Indian journal of veterinary science and animal husbandry - Volumes 28-29, 1958-1959
Year: 1958
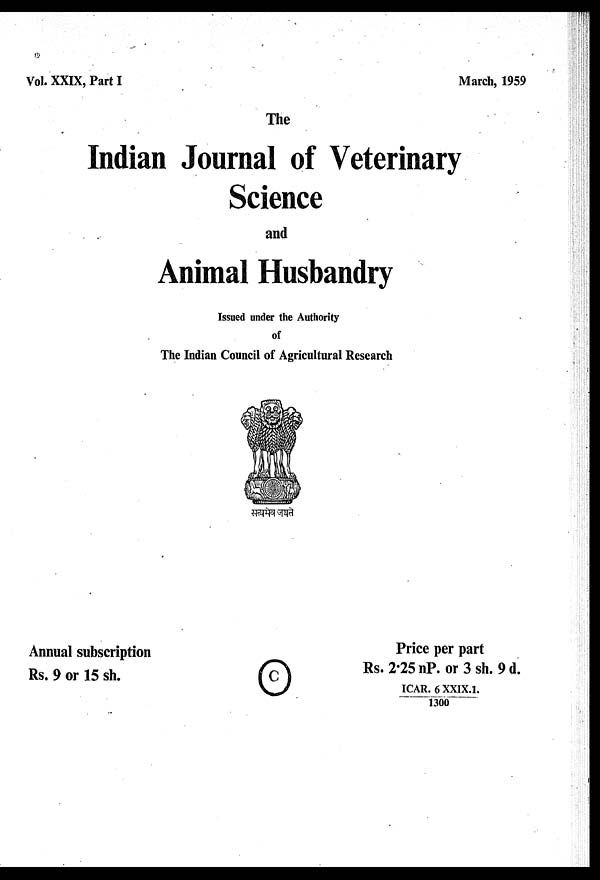
Vol. XXIX, Part I
March, 1959
The
Indian Journal of Veterinary
Science
and
Animal Husbandry
Issued under the Authority
of
The Indian Council of Agricultural Research
Annual subscription
Rs. 9 or 15 sh.
Price per part
Rs. 2.25 nP. or 3 sh. 9d.
ICAR. 6 XXIX.1.
1300